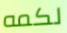
لكمه